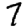
Digit: 7